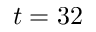
t = 3 2